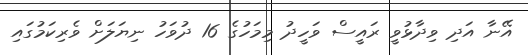
އޭނާ އަދި ވިދާޅުވީ ރައީސް ވަހީދު މިމަހުގެ 16 ދުވަހު ނިޔަލަށް ވެރިކަމުގައި